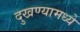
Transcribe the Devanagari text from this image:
दुखण्यामध्ये